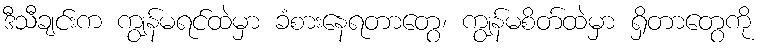
ဒီသီချင်းက ကျွန်မရင်ထဲမှာ ခံစားနေရတာတွေ၊ ကျွန်မစိတ်ထဲမှာ ရှိတာတွေကို